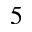
5